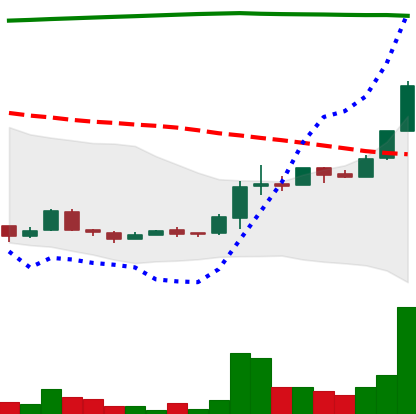
Ticker: XRP-USD
Chart end date: 2018-04-20
Forward return: -13.398%
Label: down_7plus